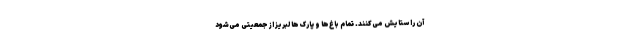
آن را ستایش می‌کنند. تمام باغ‌ها و پارک‌ها لبریز از جمعیتی می‌شود